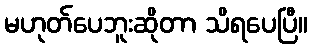
မဟုတ်ပေဘူးဆိုတာ သိရပေပြီ။